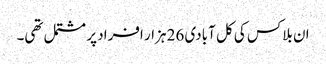
ان بلاکس کی کل آبادی 26 ہزار افراد پر مشتمل تھی۔